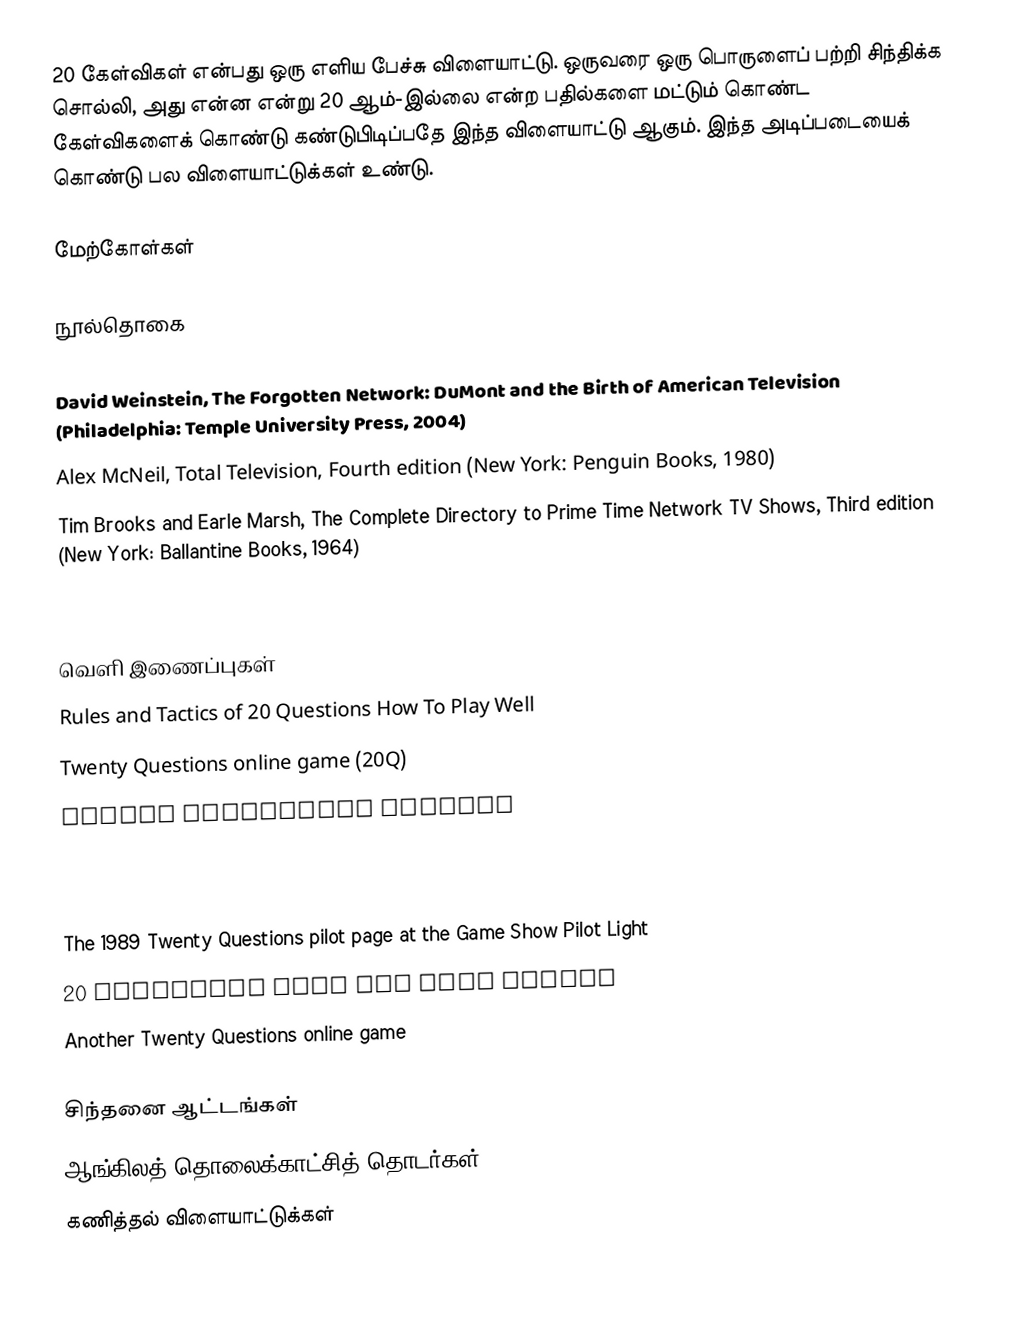
20 கேள்விகள் என்பது ஒரு எளிய பேச்சு விளையாட்டு. ஒருவரை ஒரு பொருளைப் பற்றி சிந்திக்க சொல்லி, அது என்ன என்று 20 ஆம்-இல்லை என்ற பதில்களை மட்டும் கொண்ட கேள்விகளைக் கொண்டு கண்டுபிடிப்பதே இந்த விளையாட்டு ஆகும். இந்த அடிப்படையைக் கொண்டு பல விளையாட்டுக்கள் உண்டு.

மேற்கோள்கள்

நூல்தொகை

David Weinstein, The Forgotten Network: DuMont and the Birth of American Television (Philadelphia: Temple University Press, 2004)
Alex McNeil, Total Television, Fourth edition (New York: Penguin Books, 1980)
Tim Brooks and Earle Marsh, The Complete Directory to Prime Time Network TV Shows, Third edition (New York: Ballantine Books, 1964)
David Schwartz, Steve Ryan and Fred Wostbrock, The Encyclopedia of TV Game Shows, Third edition (New York: Checkmark Books, 1999)

வெளி இணைப்புகள்
 Rules and Tactics of 20 Questions How To Play Well
 Twenty Questions online game (20Q)
 DuMont historical website

 The Glowing Dial: Twenty Questions (March 24, 1946)  (audio)
 Twenty Questions (January 18, 1952) at Internet Archive
 The 1989 Twenty Questions pilot page at the Game Show Pilot Light
 20 Questions Play the game online
 Another Twenty Questions online game

சிந்தனை ஆட்டங்கள்
ஆங்கிலத் தொலைக்காட்சித் தொடர்கள்
கணித்தல் விளையாட்டுக்கள்